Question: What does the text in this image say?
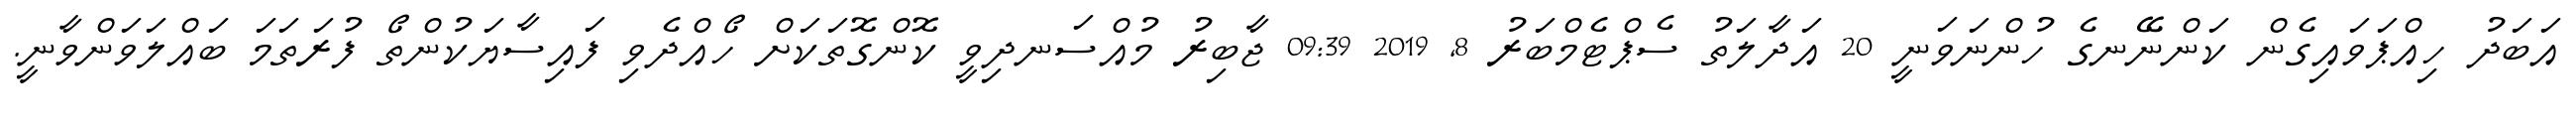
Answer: އަބަދު ހިއްޕަވައިގެން ކަންނޭނގެ ހުންނަވަނީ 20 އަދާލަތު ސެޕްޓެމްބަރު 8, 2019 09:39 ޖާބިރު މުއްސަނދިވީ ކޮންގޮތަކަށް ހޯއްދެވި ފައިސާޔަކުންތޯ ފުރަތަމަ ބައްލަވަންވާނީ.